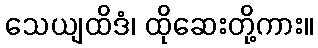
သေယျထိဒံ၊ ထိုဆေးတို့ကား။